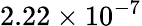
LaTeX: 2.22\times 10^{-7}